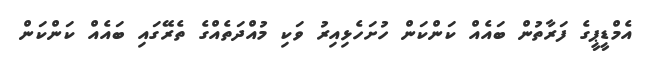
އެމްޑީޕީގެ ފަރާތުން ބައެއް ކަންކަން ހުށަހެޅިއިރު ވަކި މުއްދަތެއްގެ ތެރޭގައި ބައެއް ކަންކަން